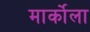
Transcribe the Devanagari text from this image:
मार्कोला